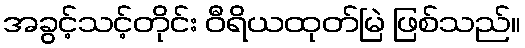
အခွင့်သင့်တိုင်း ဝီရိယထုတ်မြဲ ဖြစ်သည်။